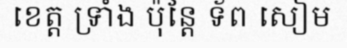
ខេត្ត ទ្រាំង ប៉ុន្តែ ទ័ព សៀម